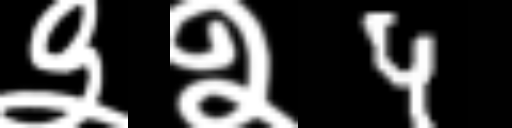
Text: ३२4